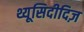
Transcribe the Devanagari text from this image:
थ्यूसिदीदिज़